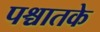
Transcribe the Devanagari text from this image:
पश्चातके